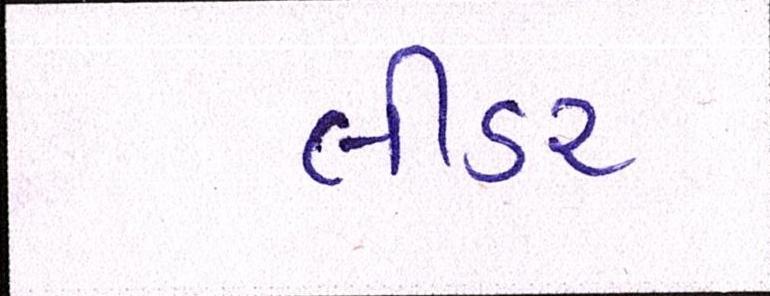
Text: લીડર